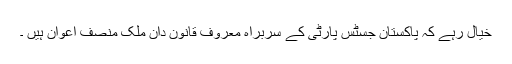
خیال رہے کہ پاکستان جسٹس پارٹی کے سربراہ معروف قانون دان ملک منصف اعوان ہیں ۔